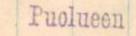
Puolueen